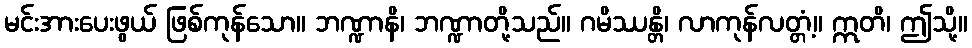
မင်းအားပေးဖွယ် ဖြစ်ကုန်သော။ ဘဏ္ဍာနိ၊ ဘဏ္ဍာတို့သည်။ ဂမိဿန္တိ၊ လာကုန်လတ္တံ့။ ဣတိ၊ ဤသို့။